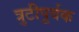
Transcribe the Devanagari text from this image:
त्रुटीपूर्वक